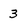
Character: 3